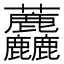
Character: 𧆓